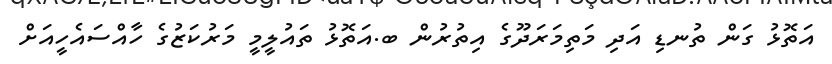
އަތޮޅު ގަން ތުނޑި އަދި މަތިމަރަދޫގެ އިތުރުން ބ.އަތޮޅު ތައުލީމީ މަރުކަޒުގެ ހާއްސައެހީއަށް